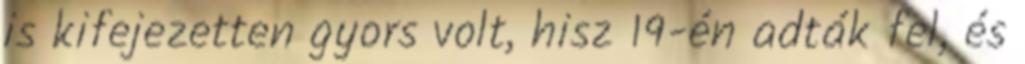
is kifejezetten gyors volt, hisz 19-én adták fel, és